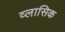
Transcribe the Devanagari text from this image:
व्लासिक